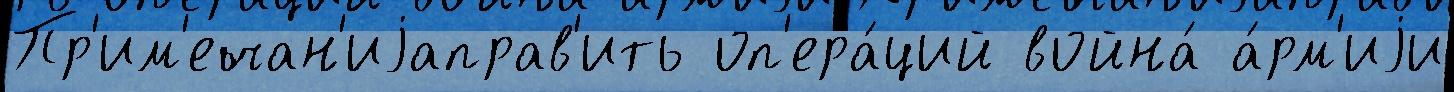
Пр'им'ечан'иjаправ'ить оп'ера́ций война́ а́рм'иjи